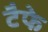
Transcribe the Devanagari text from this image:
टैफे